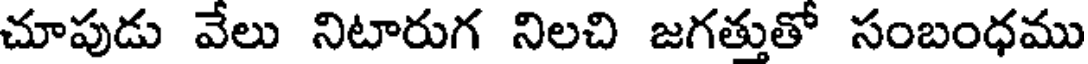
చూపుడు వేలు నిటారుగ నిలచి జగత్తుతో సంబంధము